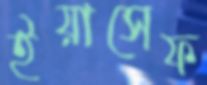
ইয়াসেফ